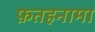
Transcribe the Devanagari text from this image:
फ़तहनामा